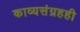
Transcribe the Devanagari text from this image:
काव्यसंग्रहही